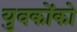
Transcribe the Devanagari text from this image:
युवकोंको